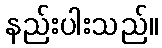
နည်းပါးသည်။